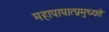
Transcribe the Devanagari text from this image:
महापापात्प्रमुच्यते